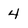
Character: 4